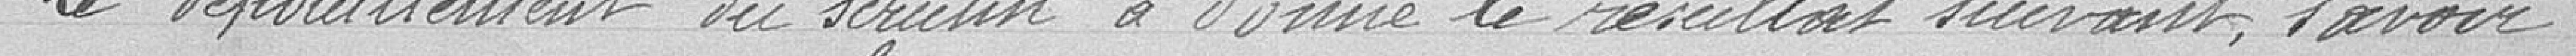
Le dépouillement du scrutin a donné le résultat suivant, à savoir